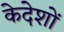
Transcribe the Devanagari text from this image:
केदेशों